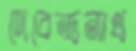
দেবেন্দ্রনাথ